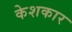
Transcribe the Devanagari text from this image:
केशकार